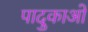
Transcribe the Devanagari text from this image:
पादुकाओं